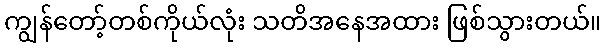
ကျွန်တော့်တစ်ကိုယ်လုံး သတိအနေအထား ဖြစ်သွားတယ်။